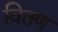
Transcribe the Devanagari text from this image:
वितण